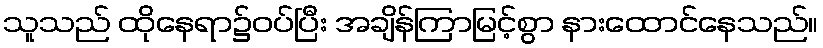
သူသည် ထိုနေရာ၌ဝပ်ပြီး အချိန်ကြာမြင့်စွာ နားထောင်နေသည်။